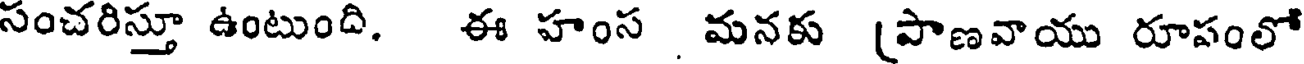
సంచరిస్తూ ఉంటుంది, ఈ హంస మనకు (పాణవాయు రూపంలో